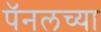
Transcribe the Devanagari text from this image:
पॅनलच्या